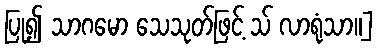
ပြု၍ သာဂမော သေသုတ်ဖြင့် သ် လာရုံသာ။]